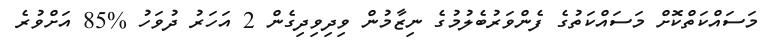
މަސައްކަތްކޮށް މަސައްކަތުގެ ފެންވަރުބެލުމުގެ ނިޒާމުން ވިދިވިދިގެން 2 އަހަރު ދުވަހު %85 އަށްވުރެ